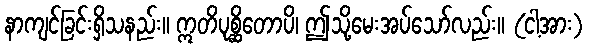
နာကျင်ခြင်းရှိသနည်း။ ဣတိပုစ္ဆိတောပိ၊ ဤသို့မေးအပ်သော်လည်း။ (ငါ့အား)